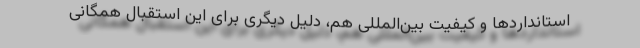
استانداردها و کیفیت بین‌المللی هم، دلیل دیگری برای این استقبال همگانی